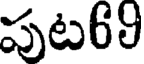
పుట69